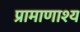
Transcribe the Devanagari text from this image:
प्रामाणाश्य